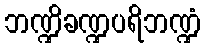
ဘဏ္ဍိခဏ္ဍပရိဘဏ္ဍံ